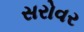
સરોવર